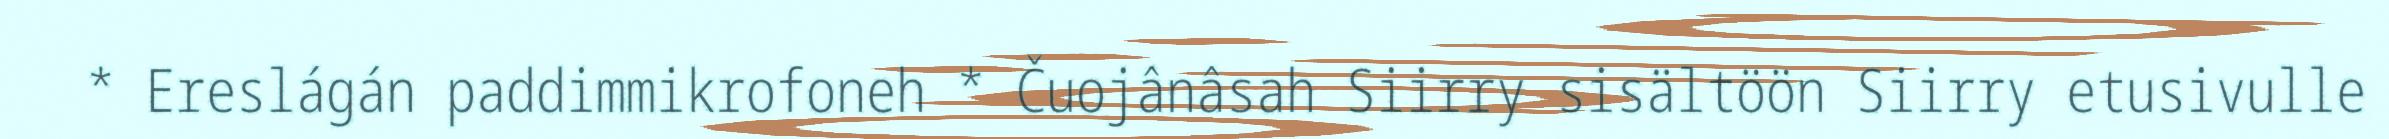
* Ereslágán paddimmikrofoneh * Čuojânâsah Siirry sisältöön Siirry etusivulle